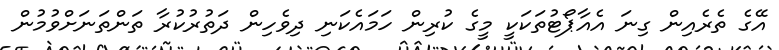
އޭގެ ތެރެއިން ގިނަ އެއާޕޯޓުތަކަކީ މީގެ ކުރިން ހަމައެކަނި ދިވެހިން ދަތުރުކުރާ ތަންތަނަށްވުމުން